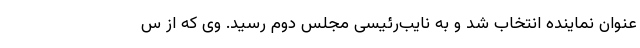
عنوان نماینده انتخاب شد و به نایب‌رئیسی مجلس دوم رسید. وی که از س